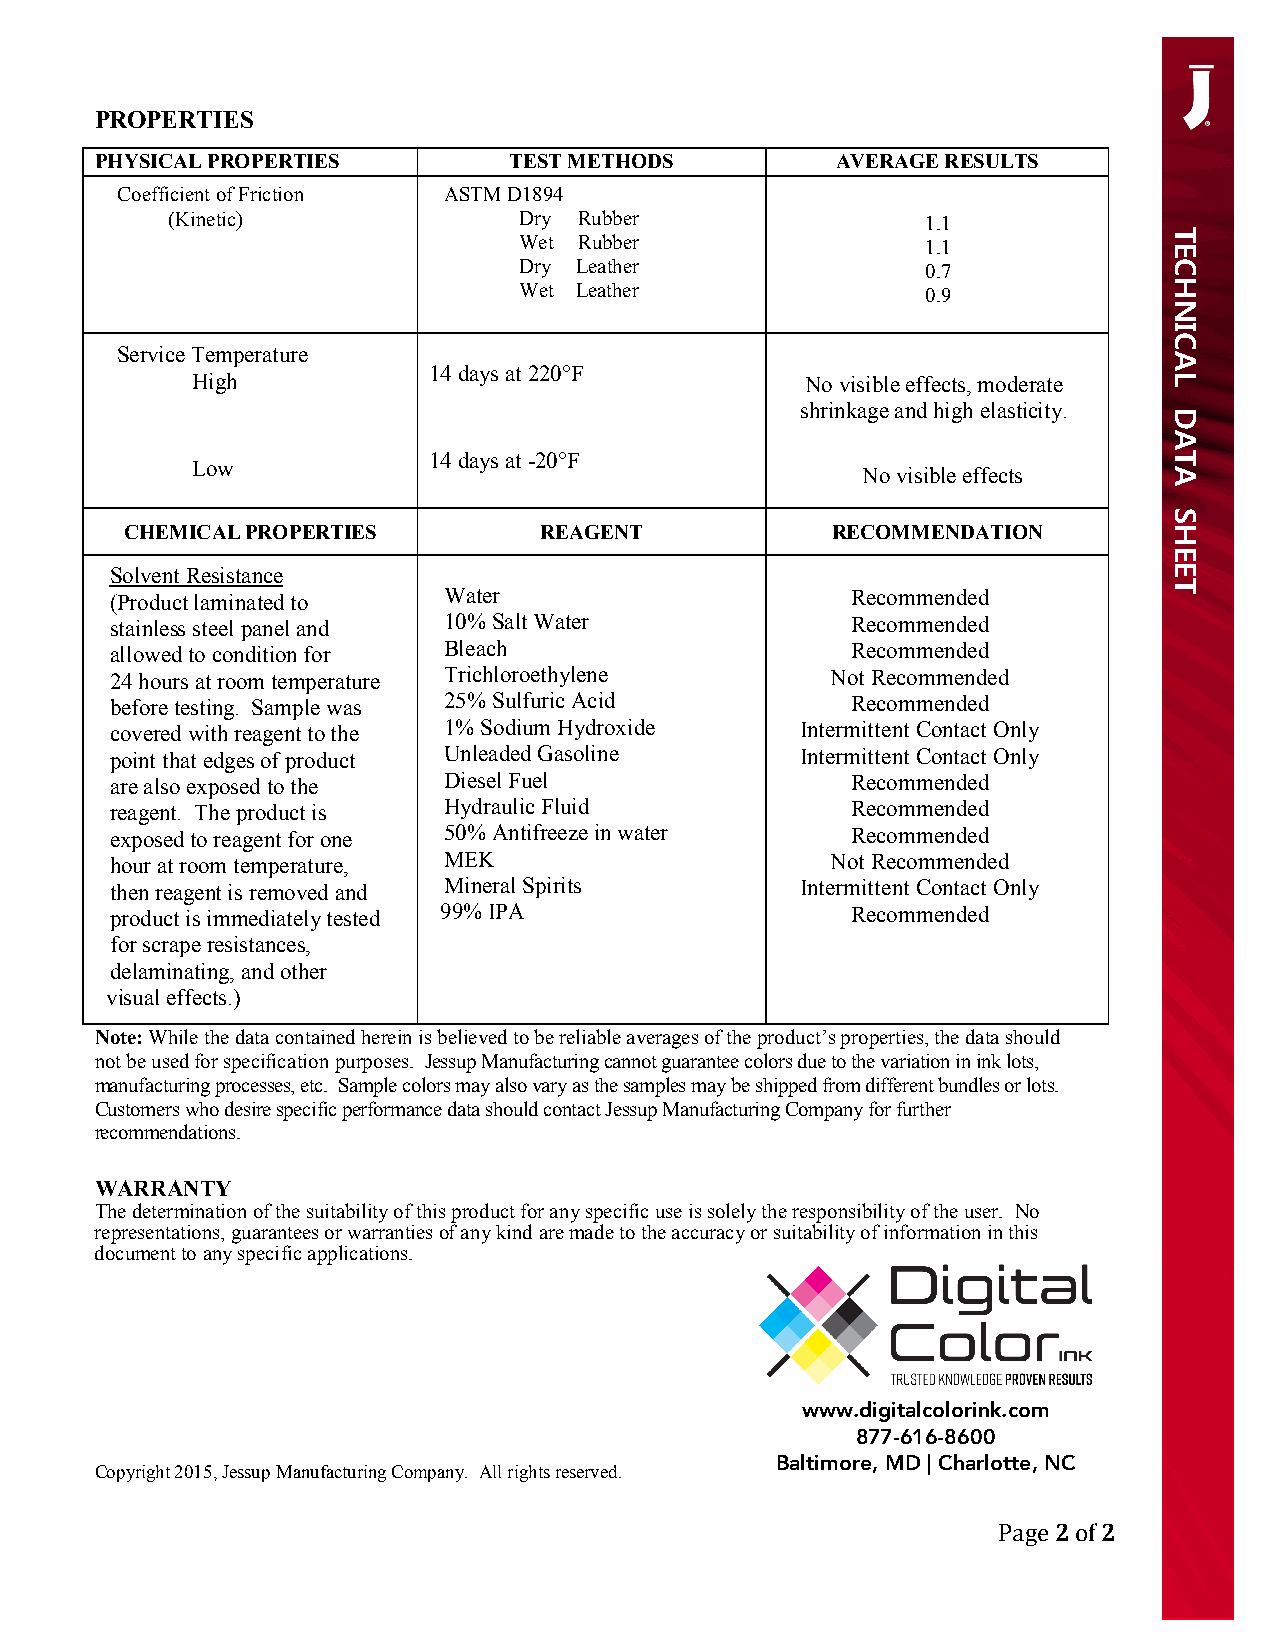
PROPERTIES
 PHYSICAL PROPERTIES         TEST METHODS         AVERAGE RESULTS
 Coefficient of Friction ASTM D1894
 (Kinetic)              Dry Rubber                 1.1
 Wet Rubber                 1.1
 Dry Leather                0.7
 Wet Leather                0.9
 Service Temperature
 14 days at 220°F
 High                                    No visible effects, moderate
 shrinkage and high elasticity.
 14 days at -20°F
 Low
 No visible effects
 CHEMICAL PROPERTIES         REAGENT            RECOMMENDATION
 Solvent Resistance
 (Product laminated to Water                      Recommended
 stainless steel panel and 10% Salt Water         Recommended
 allowed to condition for Bleach                  Recommended
 24 hours at room temperature Trichloroethylene  Not Recommended
 before testing. Sample was 25% Sulfuric Acid     Recommended
 covered with reagent to the 1% Sodium Hydroxide Intermittent Contact Only
 point that edges of product Unleaded Gasoline Intermittent Contact Only
 are also exposed to the Diesel Fuel              Recommended
 reagent. The product is Hydraulic Fluid          Recommended
 exposed to reagent for one 50% Antifreeze in water Recommended
 hour at room temperature, MEK                   Not Recommended
 then reagent is removed and Mineral Spirits   Intermittent Contact Only
 product is immediately tested 99% IPA            Recommended
 for scrape resistances,
 delaminating, and other
 visual effects.)
 Note: While the data contained herein is believed to be reliable averages of the product’s properties, the data should
 not be used for specification purposes. Jessup Manufacturing cannot guarantee colors due to the variation in ink lots,
 manufacturing processes, etc. Sample colors may also vary as the samples may be shipped from different bundles or lots.
 Customers who desire specific performance data should contact Jessup Manufacturing Company for further
 recommendations.
 WARRANTY
 The determination of the suitability of this product for any specific use is solely the responsibility of the user. No
 representations, guarantees or warranties of any kind are made to the accuracy or suitability of information in this
 document to any specific applications.
 www.digitalcolorink.com
 877-616-8600
 Baltimore, MD | Charlotte, NC
 Copyright 2015, Jessup Manufacturing Company. All rights reserved.
 2  2
 Page of
 TECHNICAL
 DATA
 SHEET